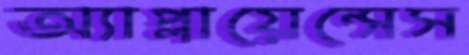
অ্যাপ্লায়েন্সেস